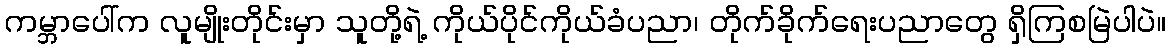
ကမ္ဘာပေါ်က လူမျိုးတိုင်းမှာ သူတို့ရဲ့ ကိုယ်ပိုင်ကိုယ်ခံပညာ၊ တိုက်ခိုက်ရေးပညာတွေ ရှိကြစမြဲပါပဲ။